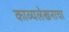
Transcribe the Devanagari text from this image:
काव्यलेखनाचा